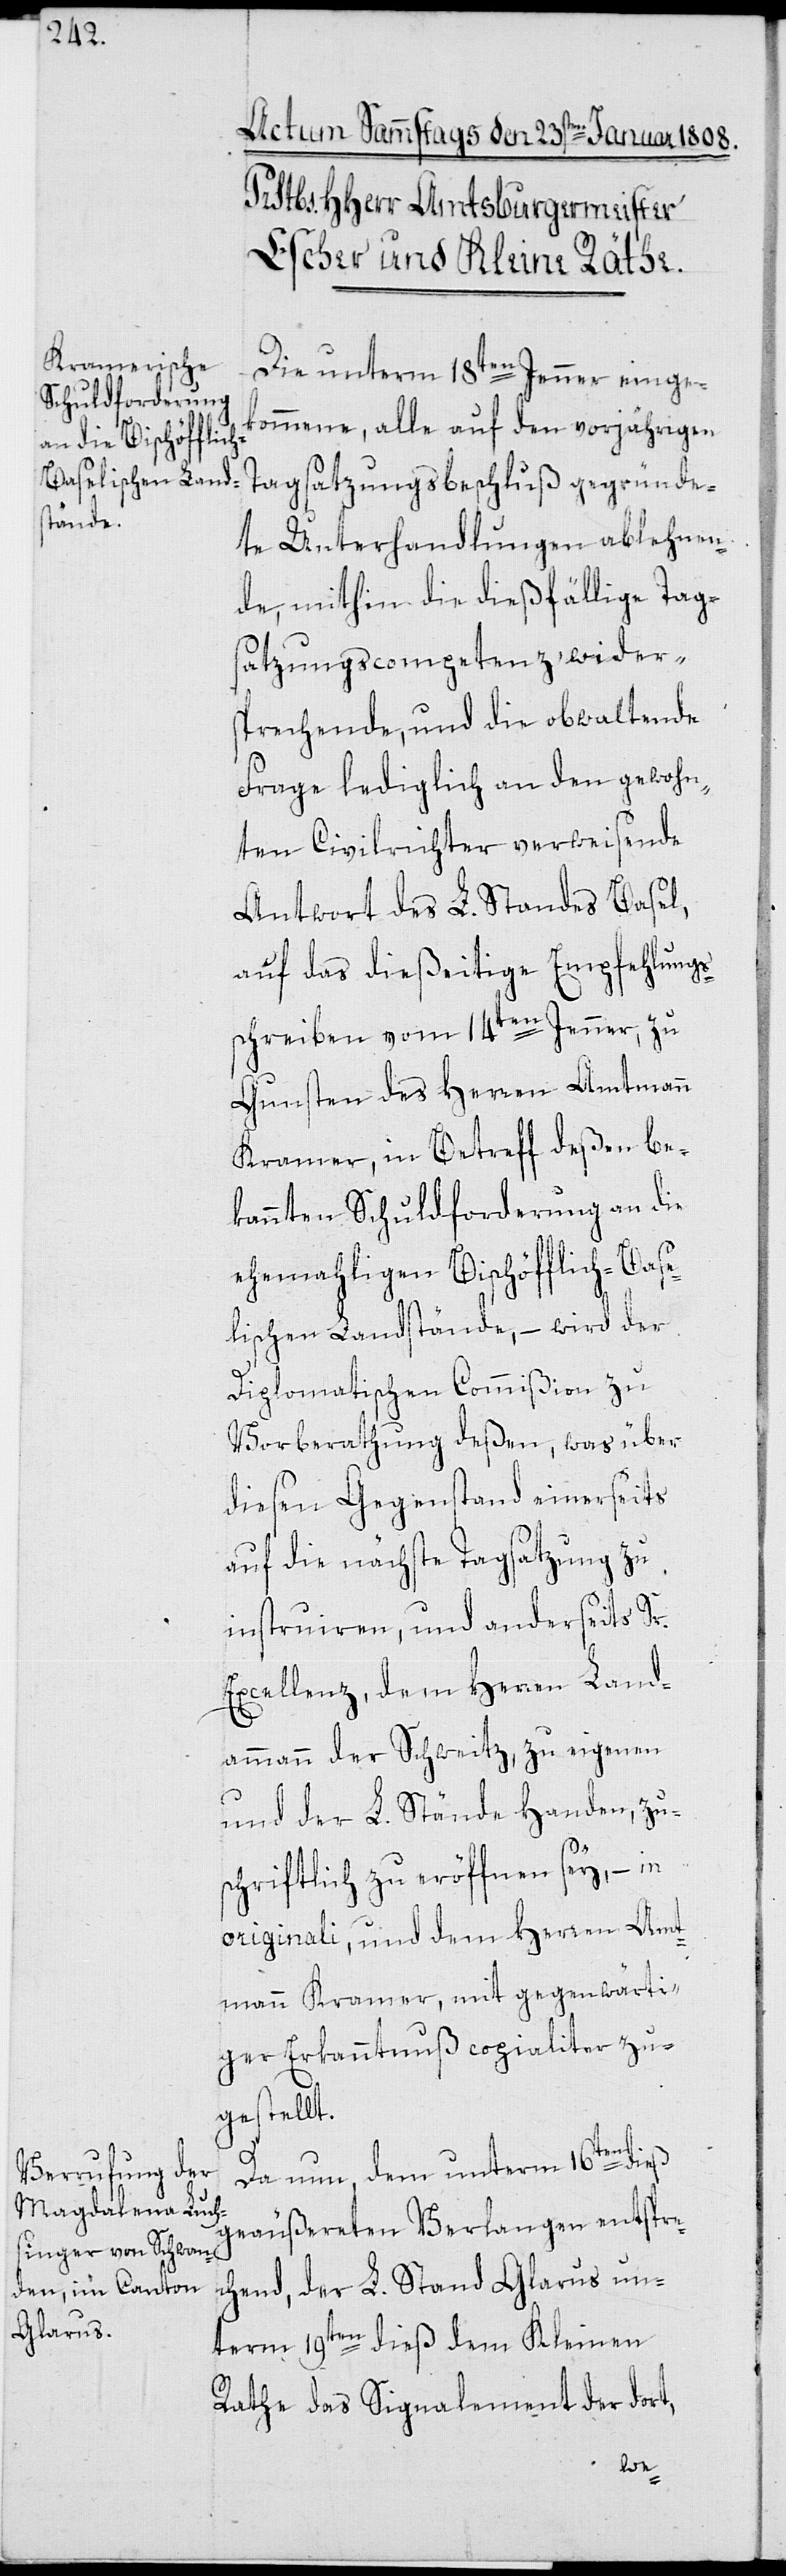
Die unterm 18ten Jenner einge¬
kommene, alle auf den vorjährigen
Tagsatzungsbeschluß gegründe¬
te Unterhandlungen ablehnen¬
de, mithin die dießfällige Tag¬
satzungscompetenz wider¬
sprechende, und die obwaltende
Frage lediglich an den gewohn¬
ten Civilrichter verweisende
Antwort des L. Standes Basel,
auf das dießeitige Empfehlungs¬
schreiben vom 14ten Jenner, zu
Gunsten des Herren Amtmann
Kramer, in Betreff deßen be¬
kannten Schuldforderung an die
ehemahligen Bischöfflich-Base¬
lischen Landstände, – wird der
Diplomatischen Commißion zu
Vorberathung deßen, was über
diesen Gegenstand einerseits
auf die nächste Tagsatzung
zu
instruiren, und anderseits Sr.
Excellenz, dem Herren Land¬
ammann der Schweitz, zu eigenen
und der L. Stände Handen, zu¬
schriftlich zu eröffnen sey, – in
originali, und dem Herren Amt¬
mann Kramer, mit gegenwärti¬
ger Erkanntnuß copialiter zu¬
gestellt.
Da nun, dem unterm 16ten dieß
geäußereten Verlangen entspre¬
chend, der L. Stand Glarus un¬
term 19ten dieß dem Kleinen
Rathe das Signalement der dort,